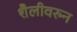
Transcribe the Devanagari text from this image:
शैलीवरुन